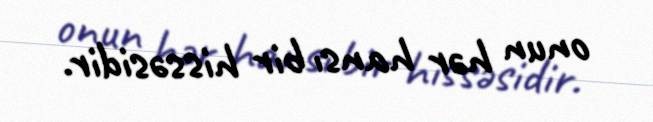
onun hər hansı bir hissəsidir.